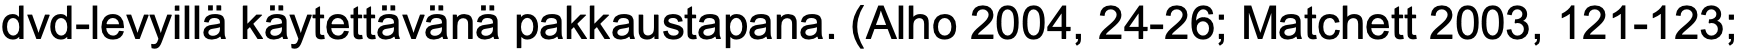
dvd-levyillä käytettävänä pakkaustapana. (Alho 2004, 24-26; Matchett 2003, 121-123;